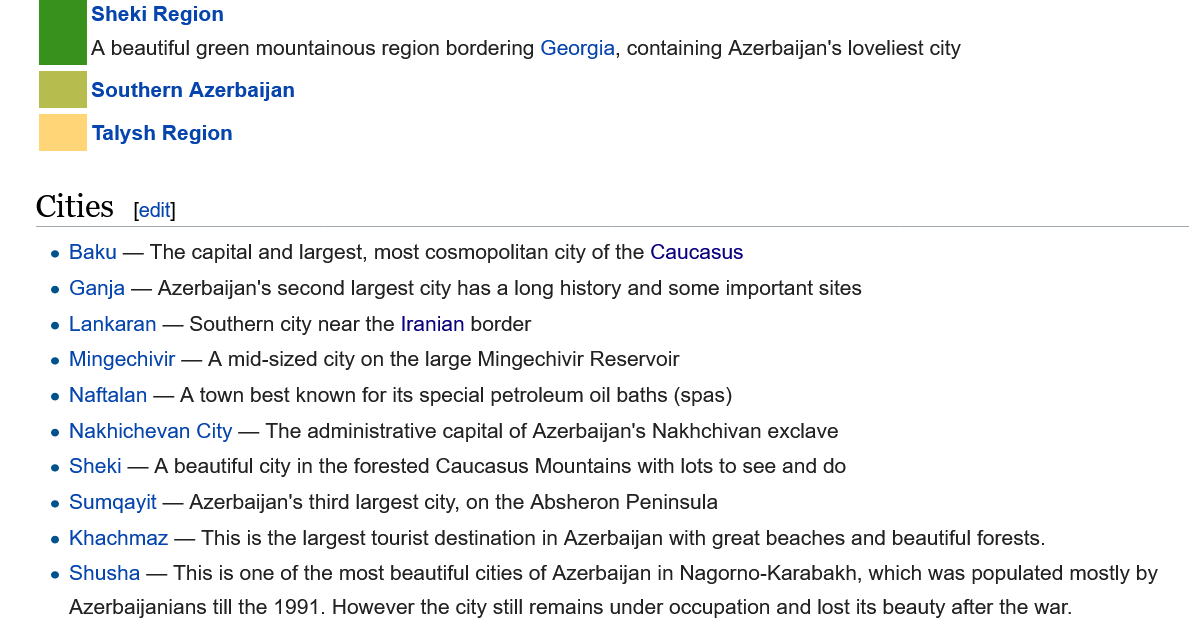
e Shusha
     —
     This is one of the most beautiful cities of Azerbaijan in Nagorno-Karabakh, which was populated mostly by
     Azerbaijanians till the 1991. However the city still remains under occupation and lost its beauty after the war.
     e Khachmaz
     —
     This is the largest tourist destination in Azerbaijan with great beaches and beautiful forests.
     e Sumgayit — Azerbaijan's third largest city, on the Absheron Peninsula
     e Sheki
     —
     A beautiful city in the forested Caucasus Mountains with lots to see and do
     e Naftalan
     —
     A town best known for its special petroleum oil baths (spas)
     e Mingechivir —
     A mid-sized city on the large Mingechivir Reservoir
     e Ganja — Azerbaijan's second largest city has a long history and some important sites
    Cities   [edit]
     e Nakhichevan City —
     The administrative capital of Azerbaijan's Nakhchivan exclave
     e Lankaran
     —
     Southern city near the Iranian border
     e Baku
     —
     The capital and largest, most cosmopolitan city of the Caucasus
     Talysh Region
     Southern Azerbaijan
     Sheki Region
     A beautiful green mountainous region bordering Georgia, containing Azerbaijan's loveliest city